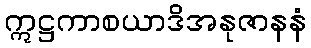
ဣဋ္ဌကာစယာဒိအနုဇာနနံ